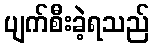
ပျက်စီးခဲ့ရသည်